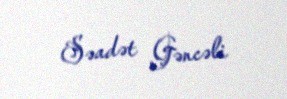
Səadət Gəncəli